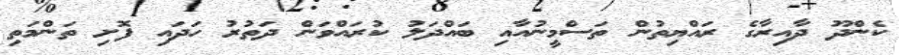
ކެންދޫ ދާއިރާގެ ރައްޔިތުން ތަސްމީނުއާއި ބައްދަލު ކުރައްވަން ދަތުރު ހަދައި ފޮށި ތަންމަތި